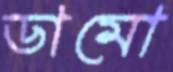
ডামো